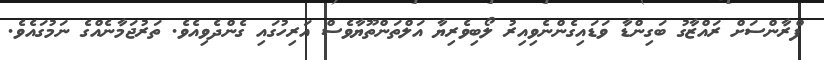
ފްރާންސަށް ރައްޒާގު ބަގިންޑާ ވަޑައިގެންނެވިއިރު ލޯބިވެރިޔާ އަލްތަންތޫޔާވެސް އަރިހުގައި ގެންދެވިއެވެ. ތަރުޖަމާނެއްގެ ނަމުގައެވެ.